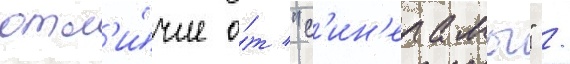
отл'и́чие о́т "с'ин'ерамы" /